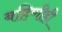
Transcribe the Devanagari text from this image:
बहिणीही